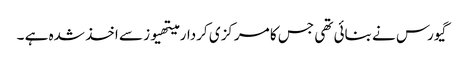
گیورس نے بنائی تھی جس کا مرکزی کردار میتھیوز سے اخذ شدہ ہے ۔